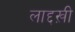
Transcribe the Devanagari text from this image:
लाद्दख़ी